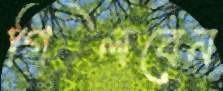
গিলবেন